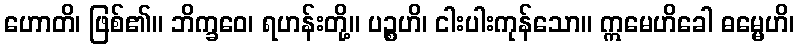
ဟောတိ၊ ဖြစ်၏။ ဘိက္ခဝေ၊ ရဟန်းတို့။ ပဉ္စဟိ၊ ငါးပါးကုန်သော။ ဣမေဟိခေါ ဓမ္မေဟိ၊